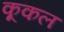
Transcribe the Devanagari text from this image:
कूकल